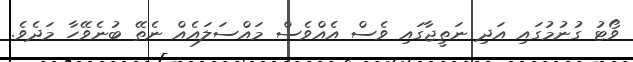
ވޯޓު ގުނުމުގައި އަދި ނަތީޖާގައި ވެސް އެއްވެސް މައްސަލައެއް ނެތޭ ބުނެވޭހާ މަދެވެ.